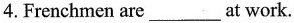
4.Frenchmen are ___ at work.